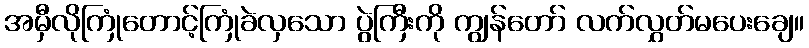
အမှီလိုကြုံတောင့်ကြုံခဲလှသော ပွဲကြီးကို ကျွန်တော် လက်လွှတ်မပေးချေ။